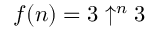
f ( n ) = 3 \uparrow ^ { n } 3